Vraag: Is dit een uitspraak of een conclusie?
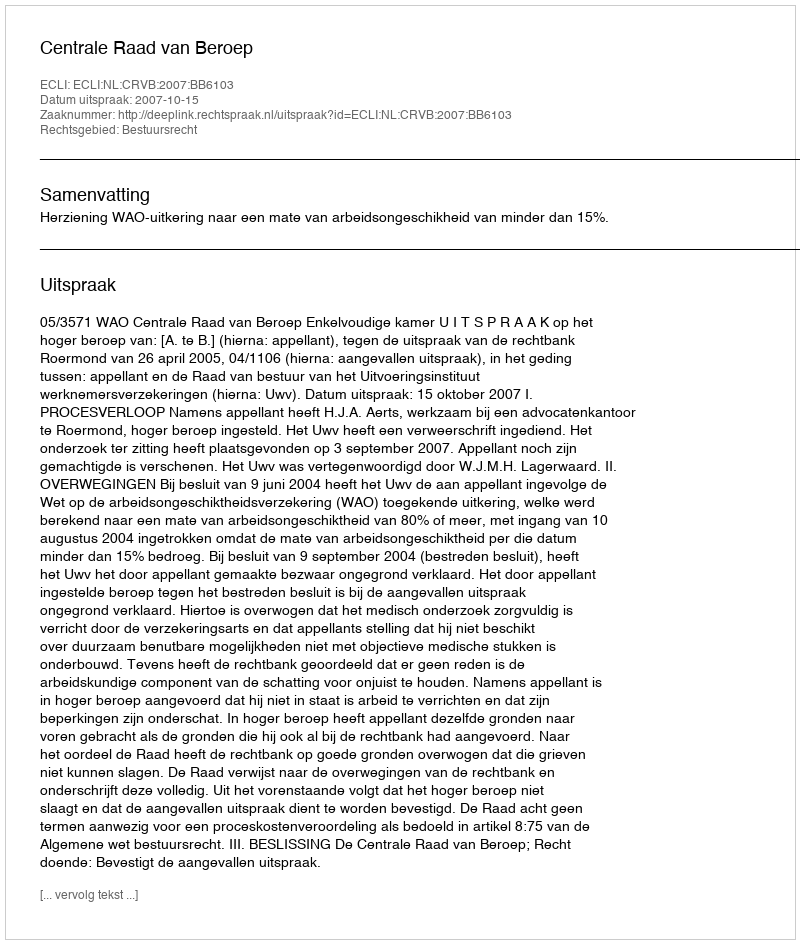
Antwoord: Uitspraak